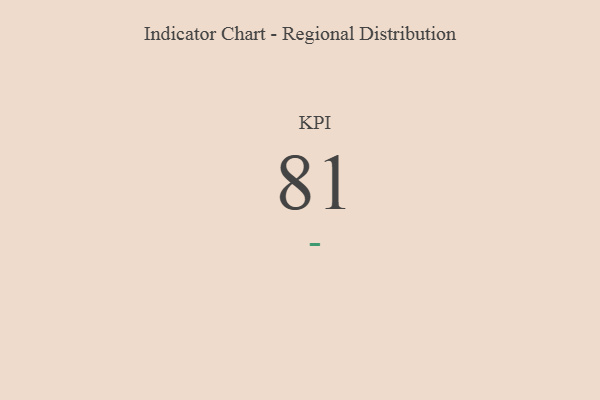
{"axis": {"x": "KPI", "y": "Value"}, "legend": [""], "data": [{"x": "KPI", "y": 81, "type": ""}]}